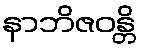
နာဘိဇဝန္တိ